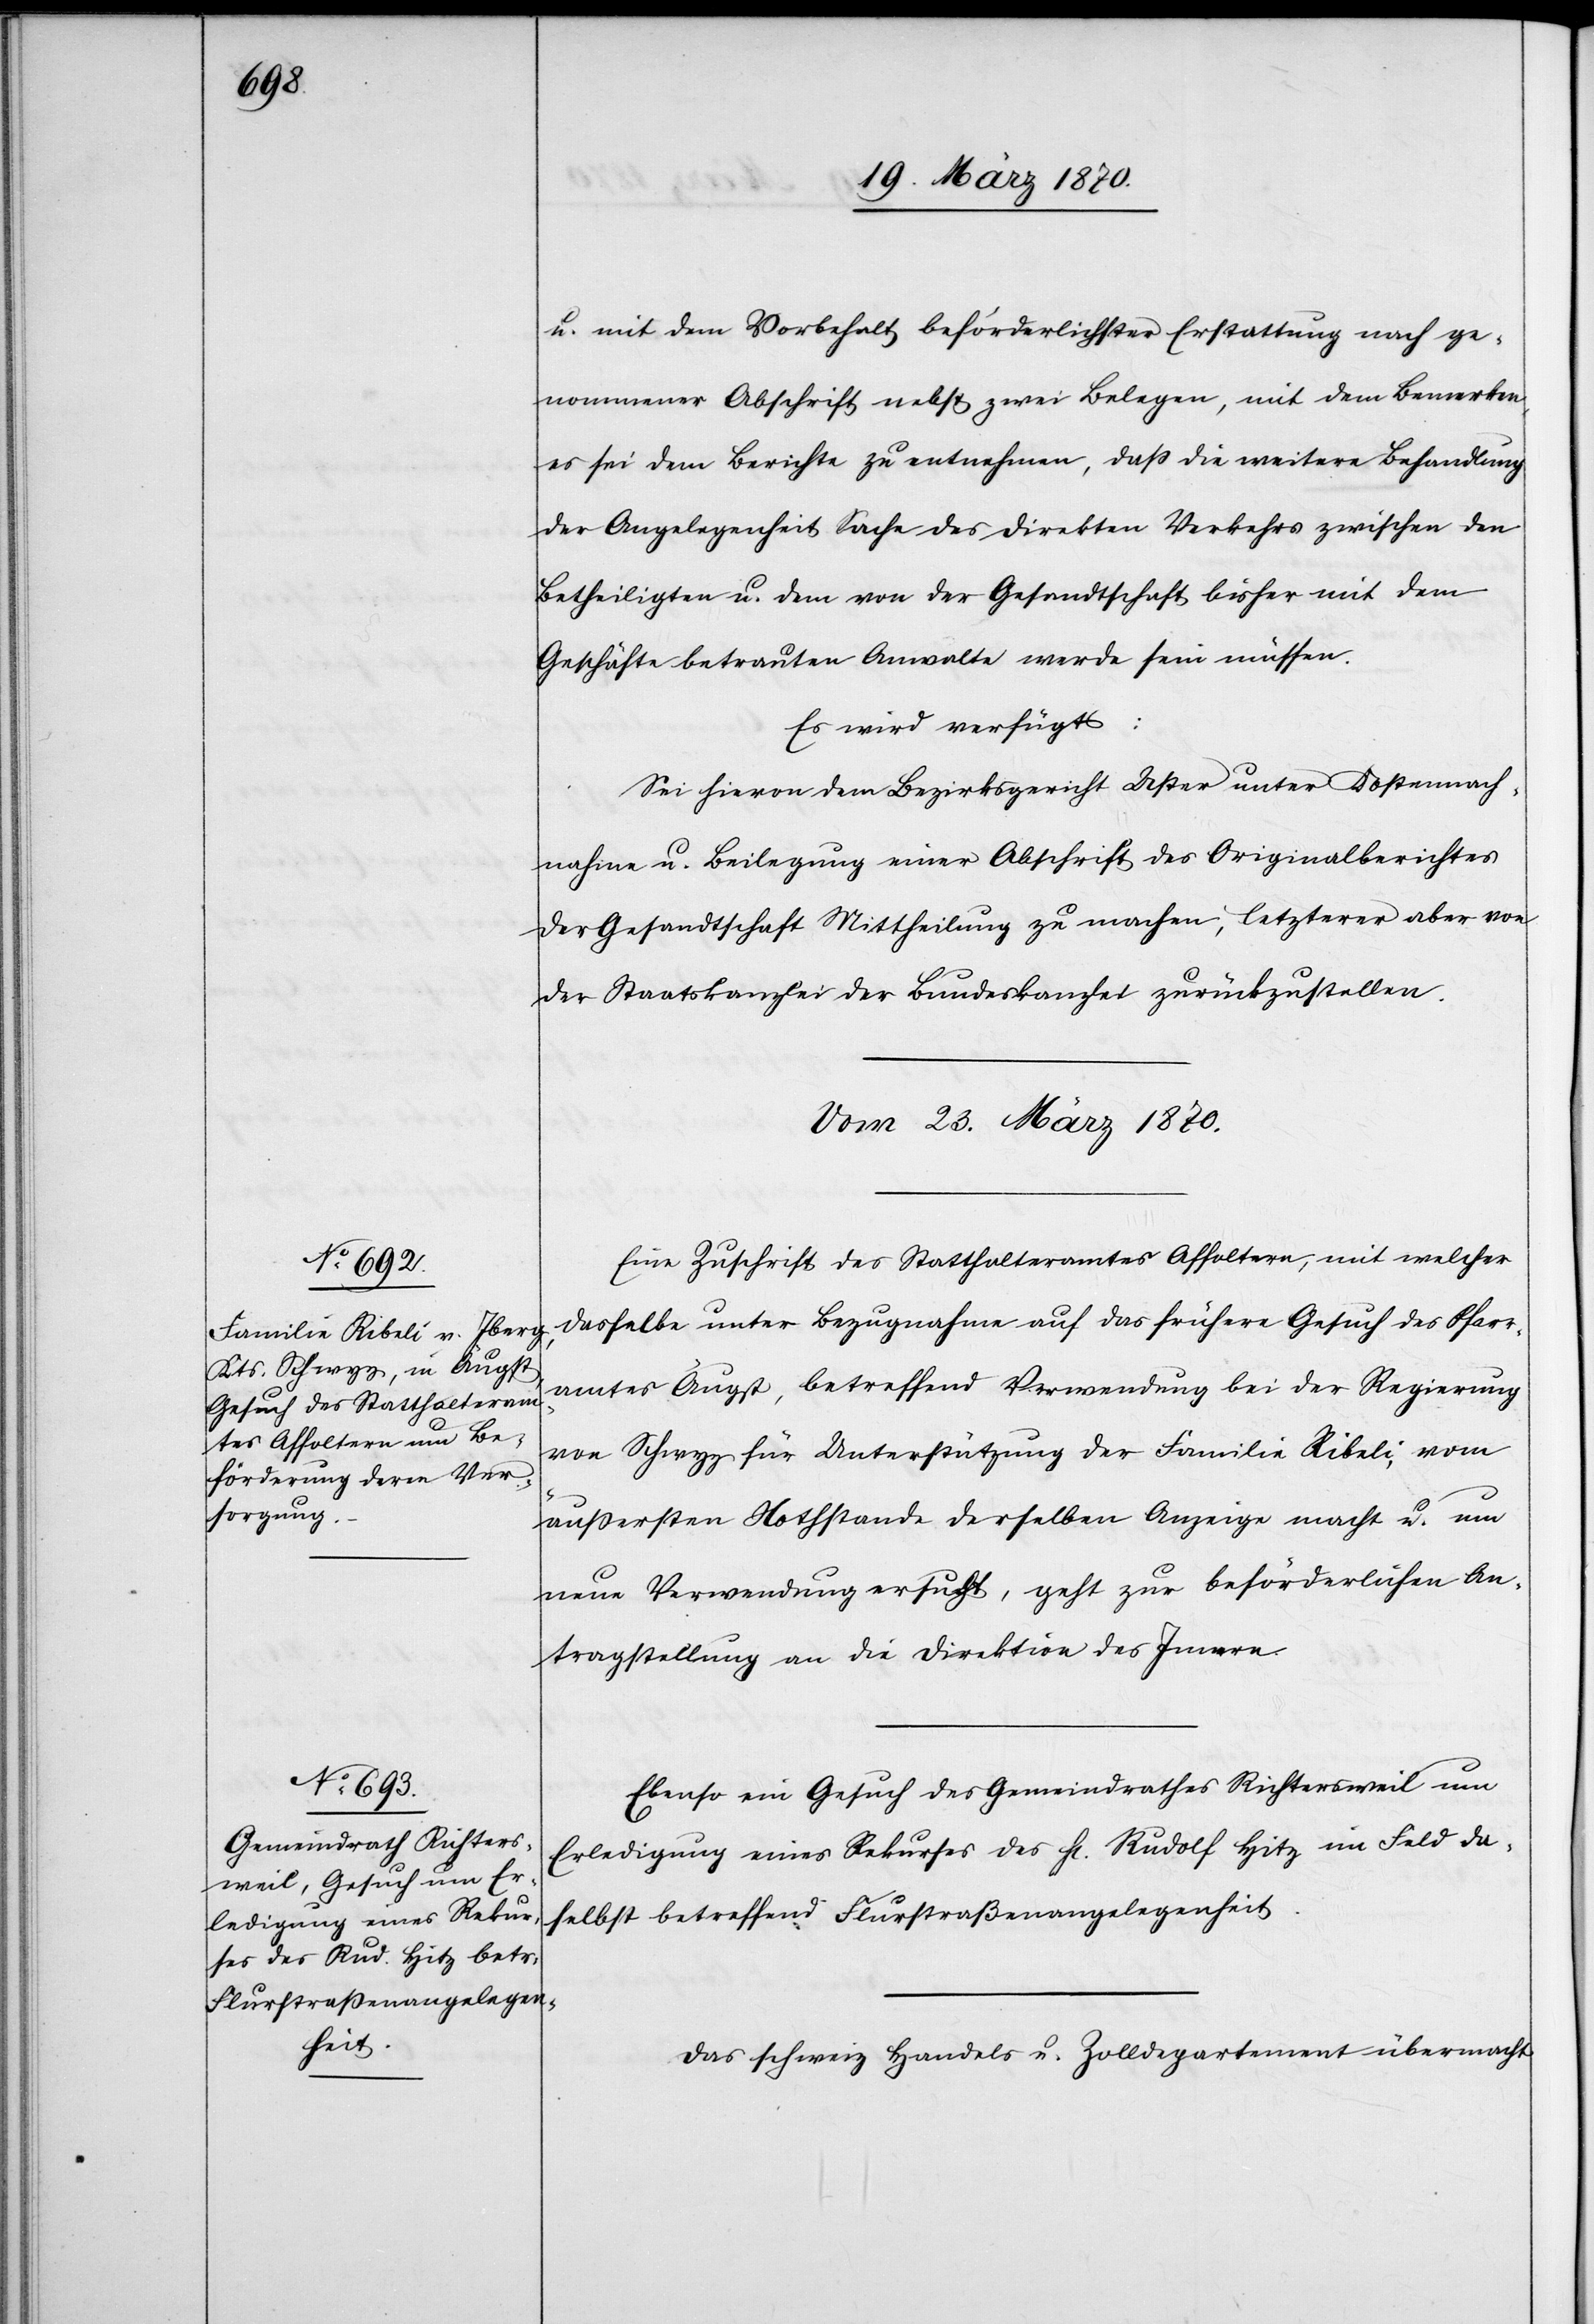
u. mit dem Vorbehalt beförderlichster Erstattung nach ge¬
nommener Abschrift nebst zwei Belegen, mit dem Bemerken,
es sei dem Berichte zu entnehmen, daß die weitere Behandlung
der Angelegenheit Sache des direkten Verkehrs zwischen den
Betheiligten u. dem von der Gesandtschaft bisher mit dem
Geschäfte betrauten Anwalte werde sein müssen.
Es wird verfügt:
Sei hievon dem Bezirksgericht Uster unter Kostennach¬
nahme u. Beilegung einer Abschrift des Originalberichtes
der Gesandtschaft Mittheilung zu machen, letzterer aber von
der Staatskanzlei der Bundeskanzlei zurückzustellen.
Vom 23. März 1870.]
Eine Zuschrift des Statthalteramtes Affoltern, mit welcher
dasselbe unter Bezugnahme auf das frühere Gesuch des Pfarr¬
amtes Äugst, betreffend Verwendung bei der Regierung
von Schwyz für Unterstützung der Familie Ribeli, vom
äußersten Nothstande derselben Anzeige macht u. um
neue Verwendung ersucht, geht zur beförderlichen An¬
tragstellung an die Direktion des Innern.
Ebenso ein Gesuch des Gemeindrathes Richtersweil um
Erledigung eines Rekurses des H[errn] Rudolf Hitz im Feld da¬
selbst betreffend Flurstraßenangelegenheit.